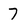
Character: 7